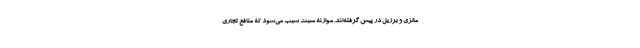
مالزی و برزیل در پیش گرفته‌اند. موازنه مثبت سبب می‌شود که منافع تجاری